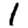
Digit: 1